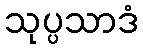
သုပ္ပသာဒံ